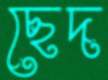
ছেদ